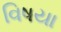
વિષયા